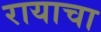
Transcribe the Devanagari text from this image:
रायाचा